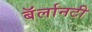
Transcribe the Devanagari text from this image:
बॅर्लानटी